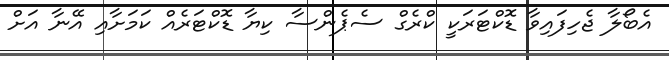
އެބޯލާ ޖެހިފައިވާ ޑޮކްޓަރަކީ ކްރެގް ސެޕެންސާ ކިޔާ ޑޮކްޓަރެއް ކަމަށާއި އޭނާ އަށް